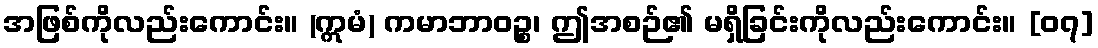
အဖြစ်ကိုလည်းကောင်း။ (ဣမံ) ကမာဘာဝဉ္စ၊ ဤအစဉ်၏ မရှိခြင်းကိုလည်းကောင်း။ [၀၇]